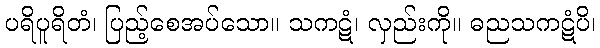
ပရိပူရိတံ၊ ပြည့်စေအပ်သော။ သကဋံ၊ လှည်းကို။ ဓညသကဋံပိ၊